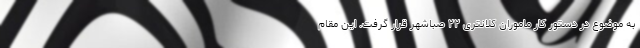
به موضوع در دستور کار ماموران کلانتری ۲۲ صباشهر قرار گرفت. این مقام